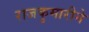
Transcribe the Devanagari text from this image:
राजकुमारीने